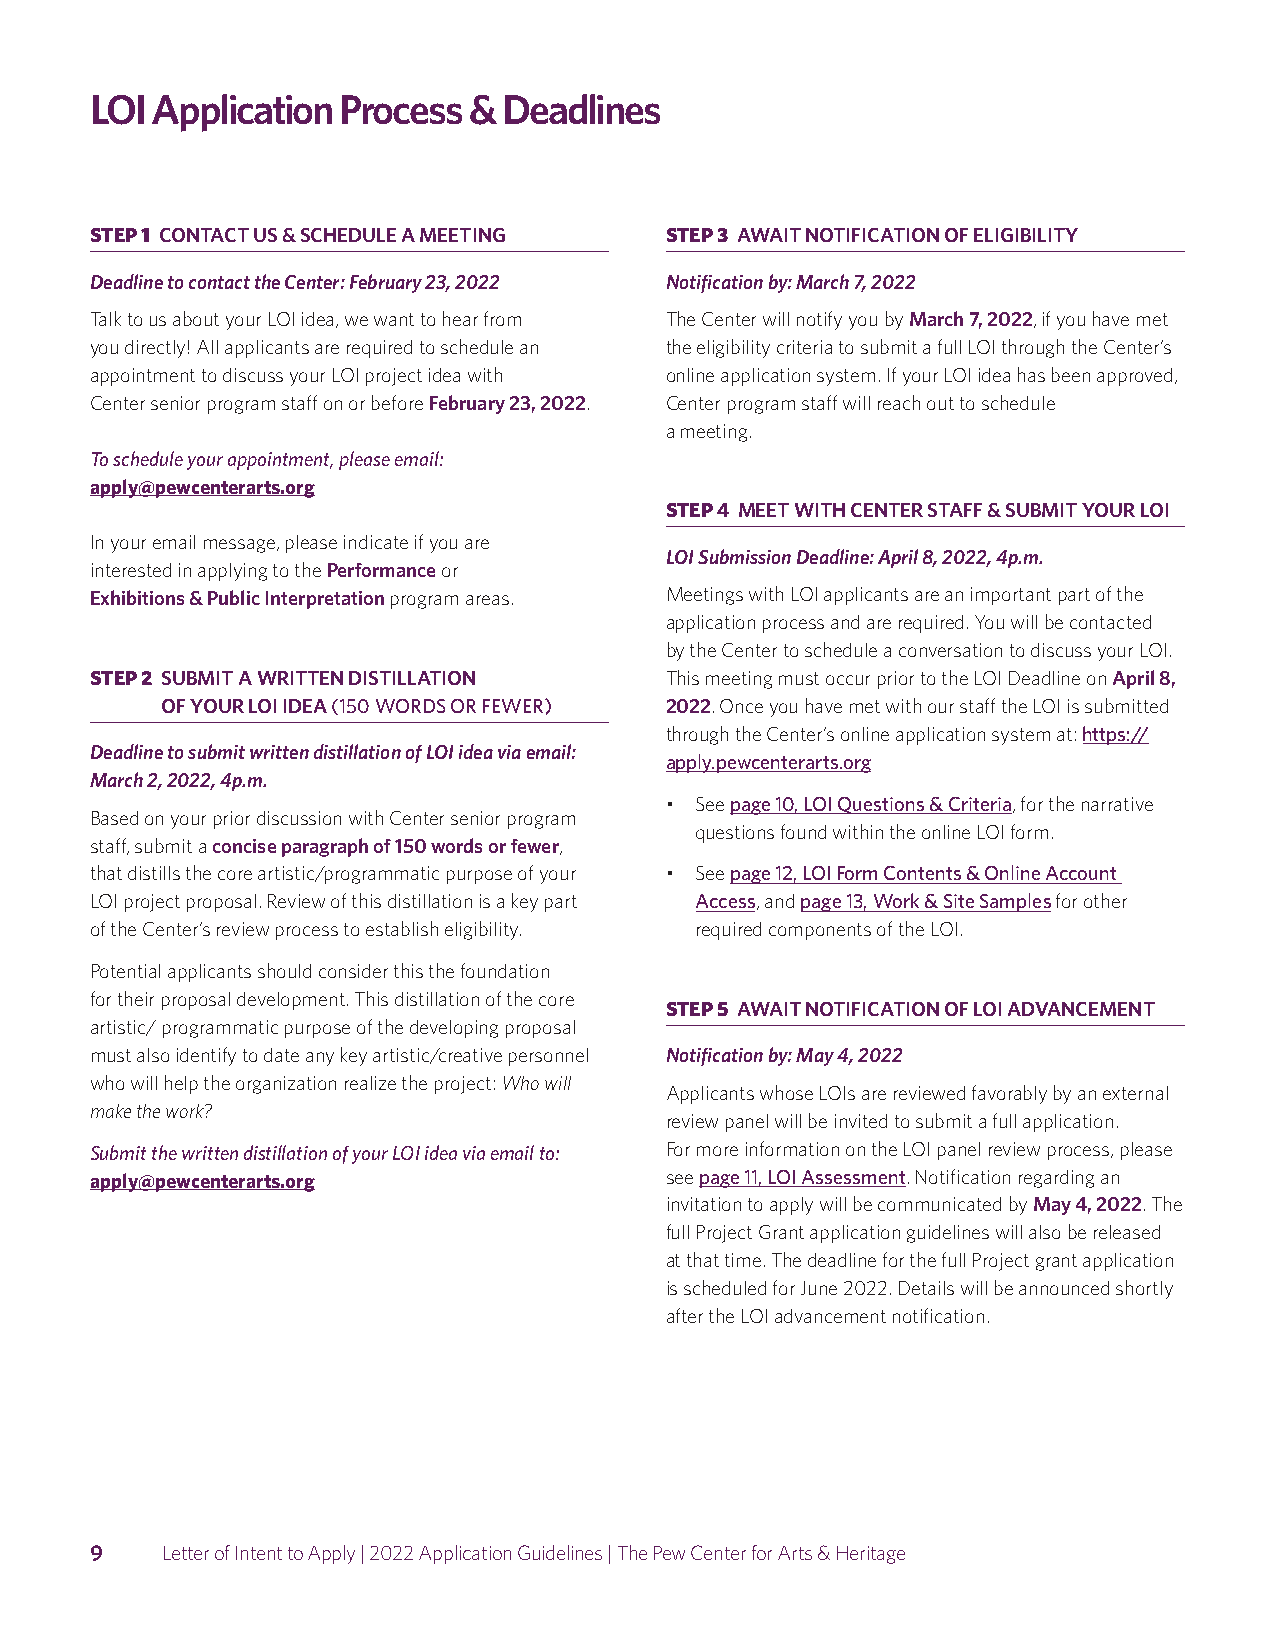
LOI Application  Process & Deadlines
 STEP 1 CONTACT US & SCHEDULE A MEETING STEP 3 AWAIT NOTIFICATION OF ELIGIBILITY
 Deadline to contact the Center: February 23, 2022 Notification by: March 7, 2022
 Talk to us about your LOI idea, we want to hear from The Center will notify you by March 7, 2022, if you have met
 you directly! All applicants are required to schedule an the eligibility criteria to submit a full LOI through the Center’s
 appointment to discuss your LOI project idea with online application system. If your LOI idea has been approved,
 Center senior program staff on or before February 23, 2022. Center program staff will reach out to schedule
 a meeting.
 To schedule your appointment, please email:
 apply@pewcenterarts.org
 STEP 4 MEET WITH CENTER STAFF & SUBMIT YOUR LOI
 In your email message, please indicate if you are
 LOI Submission Deadline: April 8, 2022, 4p.m.
 interested in applying to the Performance or
 Exhibitions & Public Interpretation program areas. Meetings with LOI applicants are an important part of the
 application process and are required. You will be contacted
 by the Center to schedule a conversation to discuss your LOI.
 STEP 2 S UBMIT A WRITTEN DISTILLATION This meeting must occur prior to the LOI Deadline on April 8,
 OF YOUR LOI IDEA (150 WORDS OR FEWER) 2022. Once you have met with our staff the LOI is submitted
 through the Center’s online application system at: https://
 Deadline to submit written distillation of LOI idea via email:
 apply.pewcenterarts.org
 March 2, 2022, 4p.m.
 • See page 10, LOI Questions & Criteria, for the narrative
 Based on your prior discussion with Center senior program
 questions found within the online LOI form.
 staff, submit a concise paragraph of 150 words or fewer,
 that distills the core artistic/programmatic purpose of your • See page 12, LOI Form Contents & Online Account
 LOI project proposal. Review of this distillation is a key part Access, and page 13, Work & Site Samples for other
 of the Center’s review process to establish eligibility. required components of the LOI.
 Potential applicants should consider this the foundation
 for their proposal development. This distillation of the core
 STEP 5 AWAIT NOTIFICATION OF LOI ADVANCEMENT
 artistic/ programmatic purpose of the developing proposal
 must also identify to date any key artistic/creative personnel Notification by: May 4, 2022
 who will help the organization realize the project: Who will
 Applicants whose LOIs are reviewed favorably by an external
 make the work?
 review panel will be invited to submit a full application.
 Submit the written distillation of your LOI idea via email to: For more information on the LOI panel review process, please
 apply@pewcenterarts.org               see page 11, LOI Assessment. Notification regarding an
 invitation to apply will be communicated by May 4, 2022. The
 full Project Grant application guidelines will also be released
 at that time. The deadline for the full Project grant application
 is scheduled for June 2022. Details will be announced shortly
 after the LOI advancement notification.
 9    Letter of Intent to Apply | 2022 Application Guidelines | The Pew Center for Arts & Heritage